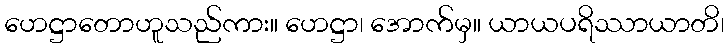
ဟေဋ္ဌာတောဟူသည်ကား။ ဟေဋ္ဌာ၊ အောက်မှ။ ယာယပရိဿာယာတိ၊